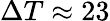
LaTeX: \Delta T\approx 23